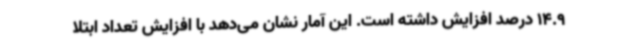
14.9 درصد افزایش داشته است. این آمار نشان می‌دهد با افزایش تعداد ابتلا